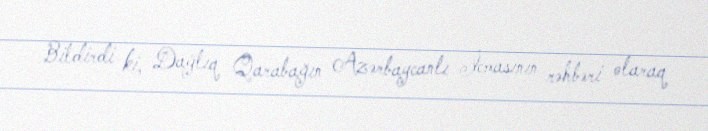
Bildirdi ki, Dağlıq Qarabağın Azərbaycanlı İcmasının rəhbəri olaraq